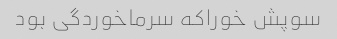
سوپش خوراکه سرماخوردگی بود